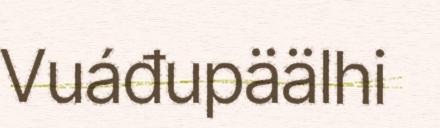
Vuáđupäälhi